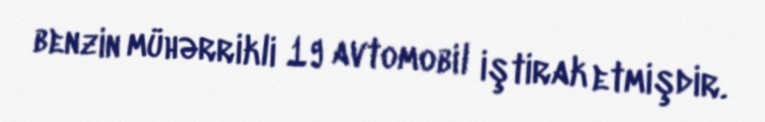
benzin mühərrikli 19 avtomobil iştirak etmişdir.